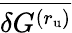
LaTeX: \overline{{\delta G^{(r_{\mathrm{u}})}}}